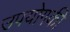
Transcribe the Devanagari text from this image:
उपयोगकी